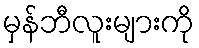
မှန်ဘီလူးများကို